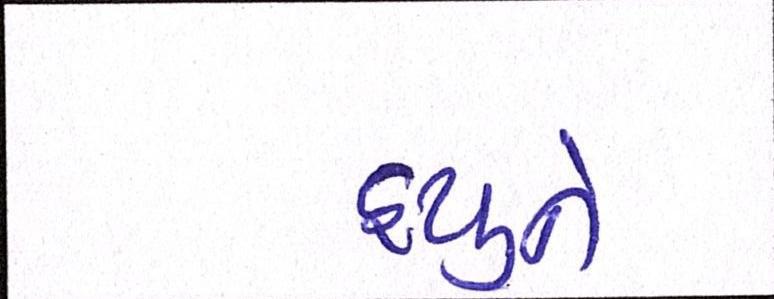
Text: હ્યુને